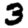
Digit: 3